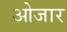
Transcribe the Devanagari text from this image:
ओजार